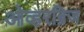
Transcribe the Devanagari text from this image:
ओव्हरब्रिज